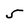
Character: 5